Leaving Certificate Examination (including Day School Certificate (Higher) General paper), 1929
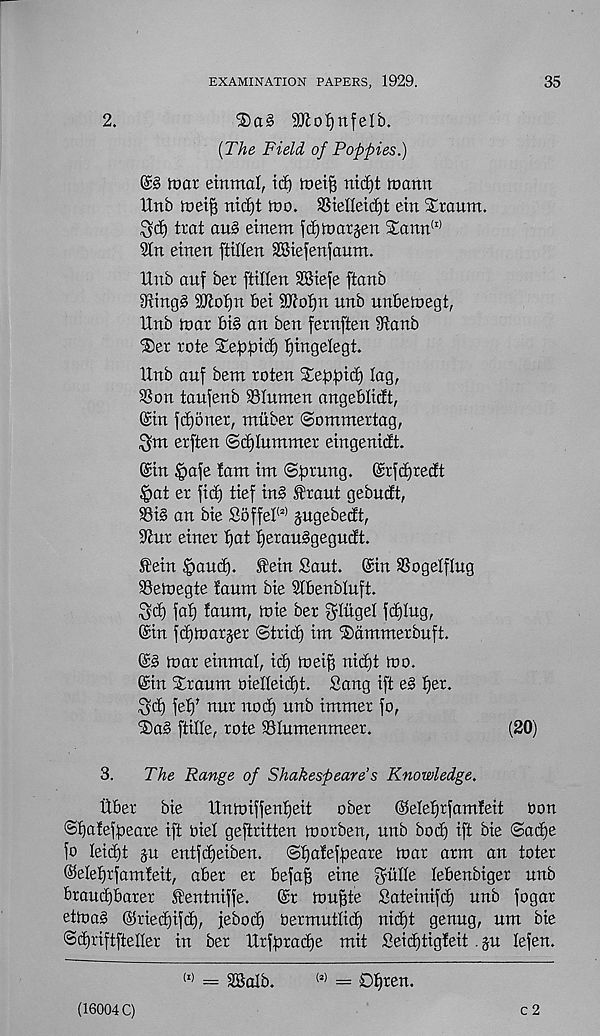
EXAMINATION PAPERS, 1929.
35
2.
SKolinfelb.
[The Field of Poppies.)
mar etnmal, id) met^ nid)t mann
Xlnb loeijs mcl)t mo. SSieIIeid)t etn Straum.
Sd) trat au§ etnem fd)marten S£ann (I>
9tn etnen ftillen Sffitefenfaum.
Unb auf ber ftillen Sffiiefe ftanb
3fftng3 ^ofjit bet SD^oJ)n uttb unbemegt,
Unb mar bt§ an ben fernften 3ianb
®er rote 2;ept)td) f)ingelegt.
Unb auf bent roten Steppid) lag,
SSon taufenb SSIunten angeblidt,
@tn fd)oner, tnitber ©ommertag,
^nt erften ©glummer eingenidt.
(Sin §afe font int (Sprung. (Srfdjredt
§at er fid) tief in§ f raut gebudt,
93i§ an bie £5ffel (i!) jugebedt,
S'tur einer fjat f)erau§gegudt.
fein |iaud). Sein Sant. (Sin SSogetflug
Semegte taunt bie Stbenbluft.
Sd) faf) taunt, mie ber ^litgel fd)Iug,
©in fdjmarjer ©trid) int '©amnterbuft.
©§ mar einntal, id) mei^ ni<^t mo.
©in Granin oielleidjt. Sang ift e§ tjer.
^d) fet)’ nur nod) unb intnter fo,
< ®a§ ftille, rote SSIumenmeer.
(20)
S.
The Range of Shakespeare’s Knowledge.
Uber
bie
Unmiffentjeit
ober
©elefjrfamteit non
©t)afef(Deare ift oiel geftritten morben, unb bod) ift bie @ad)e
fo Ieid)t ju entfdjeiben.
©tjateffjeare mar arm an toter
©elefjrfamteit, aber er befa§ eine gatlte lebenbiger unb
brau^barer ^entniffe.
©r mu^te Sateinifd) unb fogar
etma§ ©ried)ifd), jeboc^ oermutlid) nid)t genug, um bie
©djriftfteller in ber Urfpradfe mit Seid)tigteit . $u lefen.
w - SBalb.
w = D^ren.
(16004 C)
c 2